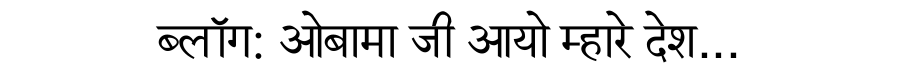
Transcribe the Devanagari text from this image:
ब्लॉग: ओबामा जी आयो म्हारे देश...